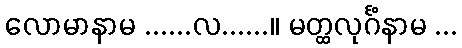
လောမာနာမ ......လ......။ မတ္ထလုင်္ဂံနာမ ...